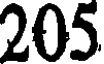
205